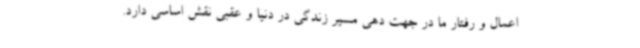
اعمال و رفتار ما در جهت دهی مسیر زندگی در دنیا و عقبی نقش اساسی دارد.